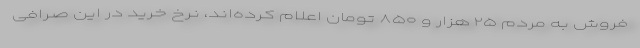
فروش به مردم ۲۵ هزار و ۸۵۰ تومان اعلام کرده‌اند، نرخ خرید در این صرافی